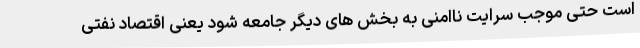
است حتی موجب سرایت ناامنی به بخش های دیگر جامعه شود یعنی اقتصاد نفتی